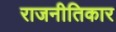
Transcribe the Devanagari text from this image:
राजनीतिकार